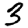
Digit: 3